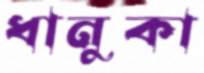
ধানুকা